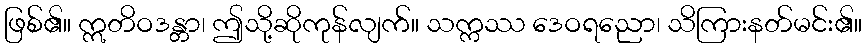
ဖြစ်၏။ ဣတိဝဒန္တာ၊ ဤသို့ဆိုကုန်လျက်။ သက္ကဿ ဒေဝရညော၊ သိကြားနတ်မင်း၏။